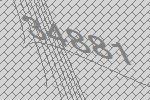
34881